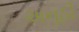
અનૂઠી